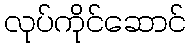
လုပ်ကိုင်ဆောင်